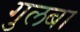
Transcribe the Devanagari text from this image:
गुलबा